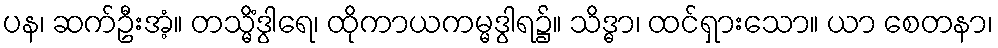
ပန၊ ဆက်ဦးအံ့။ တသ္မိံဒွါရေ၊ ထိုကာယကမ္မဒွါရ၌။ သိဒ္ဓာ၊ ထင်ရှားသော။ ယာ စေတနာ၊